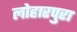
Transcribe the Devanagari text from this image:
लोहारपुरा